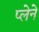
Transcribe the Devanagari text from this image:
प्लेने